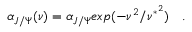
\alpha _ { J / \Psi } ( \nu ) = \alpha _ { J / \Psi } e x p ( - \nu ^ { 2 } / \nu ^ { * ^ { 2 } } ) \ \ \ .